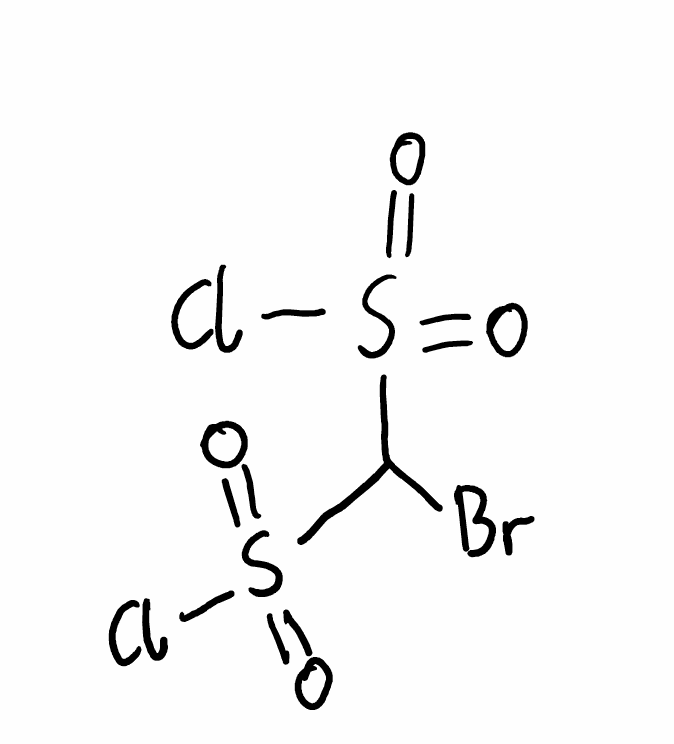
Simplified molecular-input line-entry system (SMILES) notation of the given molecule:
C(S(=O)(=O)Cl)(S(=O)(=O)Cl)Br